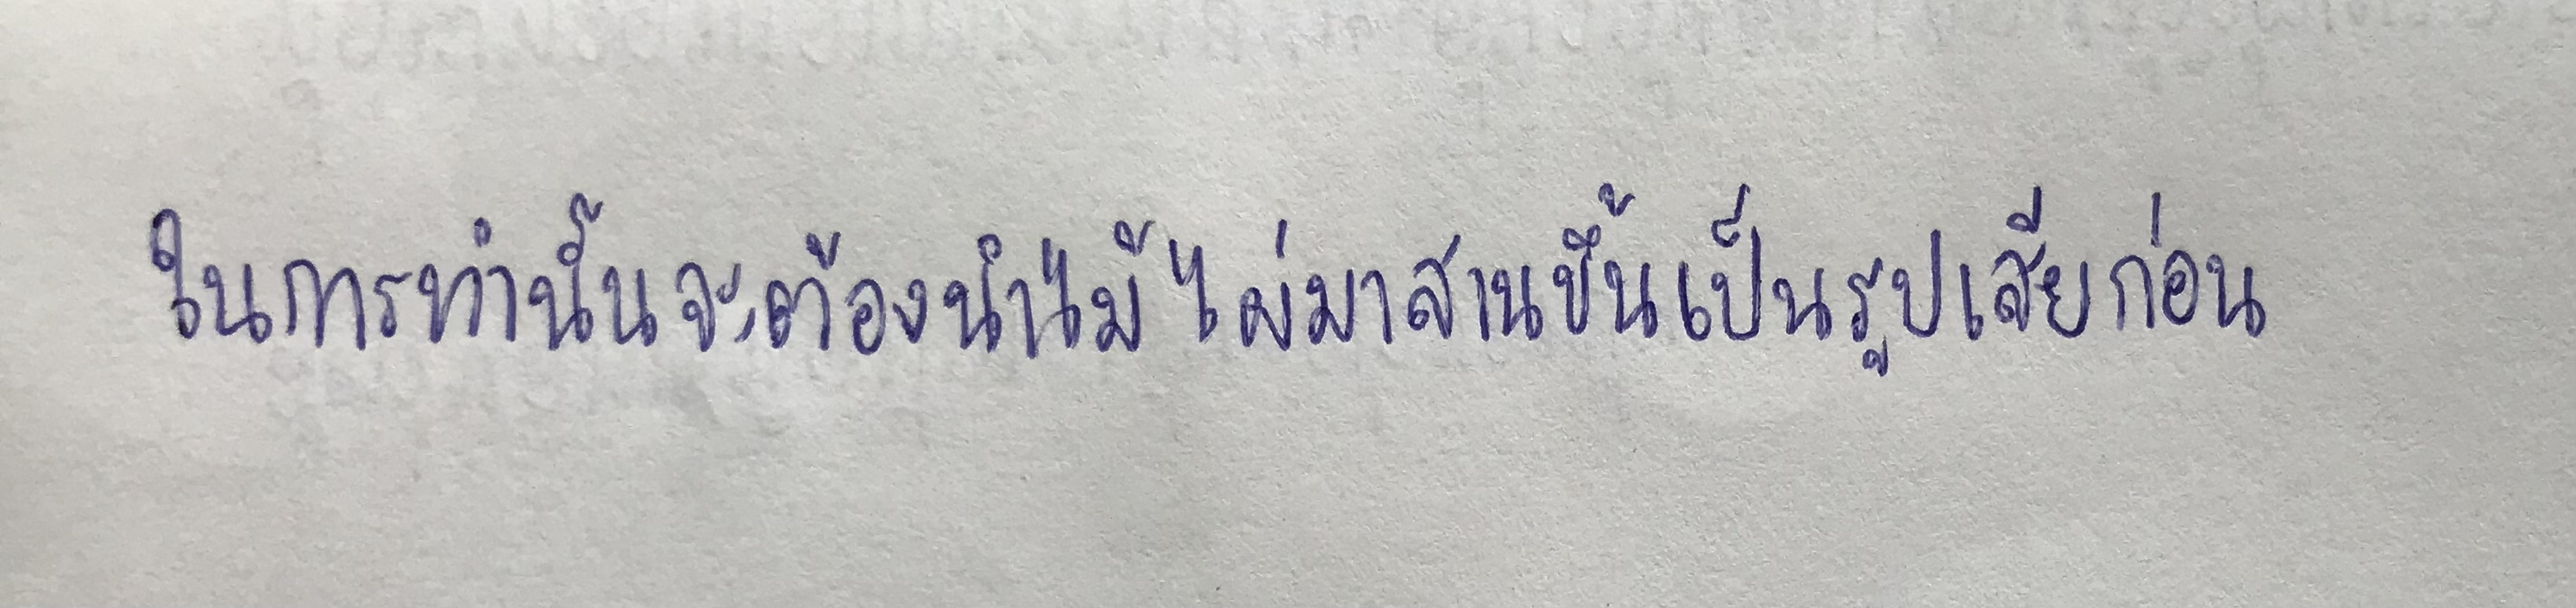
ในการทำนั้นจะต้องนำไม้ไผ่มาสานขึ้นเป็นรูปเสียก่อน